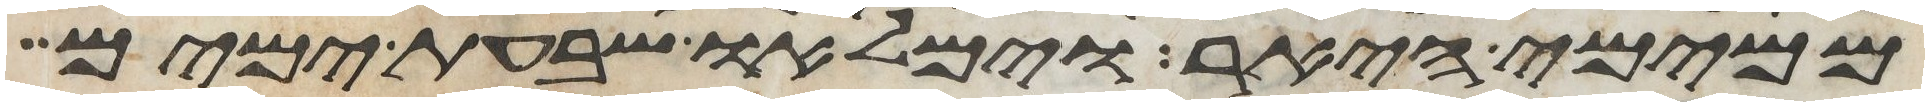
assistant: ממימי היאר וימלאו שבעת ימים